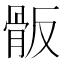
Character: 𩨩